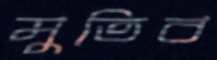
মুতিব